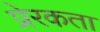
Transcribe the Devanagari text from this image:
प्रेरकता